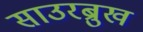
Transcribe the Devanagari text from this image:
साउरब्रुख